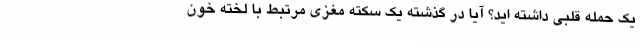
یک حمله قلبی داشته اید؟ آیا در گذشته یک سکته مغزی مرتبط با لخته خون